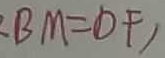
B M = D F ,